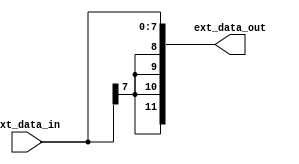
module extension(ext_data_in, ext_data_out);

parameter d_width = 12;

input signed  [d_width-5:0] ext_data_in;//8bit

output signed [d_width-1:0] ext_data_out;

wire  signed  [d_width-1:0] ext_data_out;

assign ext_data_out = ext_data_in;//[7:0] extend to [12:0]
endmodule